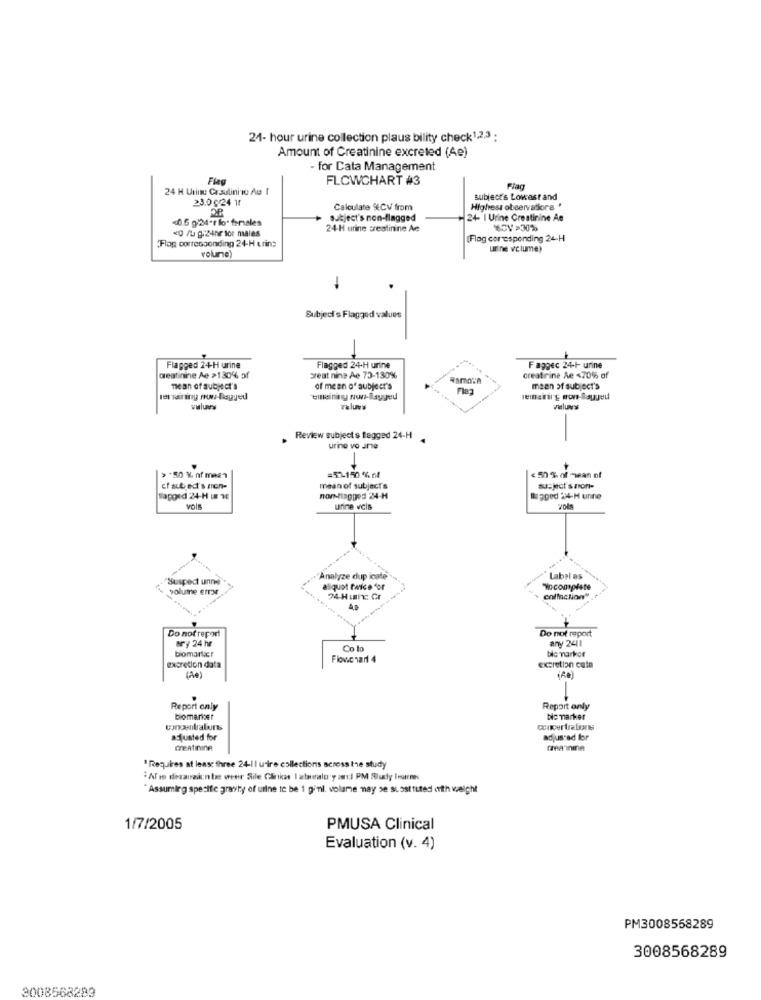
24- hour urine collection plaus bility check1,2,3 :
Amount of Creatinine excreted (Ae)
- for Cata Management
Flag
FLOWCHART #3
24 H Utinu Crsulinio Au f
≥3.0 0 24 11
subject's Lowest and
Calculate CV from
Highest observations *
subject's non-flagged
24- I Urine Creatinine Ae
<0 / gr24hr for males
24-H urine creatinine Ae
SOV >30%
„Flop corresponding 24-H urine
[Flag corresponding 24-H
volume)
urine volume)
-
Subject's Flagged values
Flagged 24-H urine
Flagged 24-H urine
Faggec 24-1- urine
deatinine Ae >130% of
great ning Ae 73-130%
creatrine Ae 470% of
mean of subject's
of mean of subject's
mean of subject's
lemanirg mon-laured
vuluers
TelUN's
Falun's
Review subject s tagged 24-H
urine vo arte
=57.150 % of
> -50 %, nf meg?
< 50 % of -wan of
cfaut ed's non-
mean of subject's
subject szon-
Sagged 24-H u 3
nor-tippges 24-H
mapped 24-H unne
ufine vcis
Suspect unne
Analyze dup icate
Label os
volume Emrat
aliquot twice for
Tocomplete
24-Huthe Cr
colfiction"
Do not report
Do not report
ery 24 hr
any 2411
Co lo
tlc marker
Flowchart 4
excretion data
excretion cata
(de)
(Re)
Report only
Repart only
biomarker
bic marker
adjusted for
adjusted for
CREATININA
dea'inine
"Requires at least three 24-11 urire collections across the study
&Afin dezarraantes weer Sile Clinicas I aturalo y al PM Slucy leurmes
"Assuming specific gravity of urine to be 1 gini. volame nay se si osttuted orth weight
1/7/2005
PMUSA Clinical
Evaluation (v. 4)
PM3008558289
3008568289
3008568289